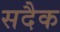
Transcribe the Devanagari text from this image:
सदैक